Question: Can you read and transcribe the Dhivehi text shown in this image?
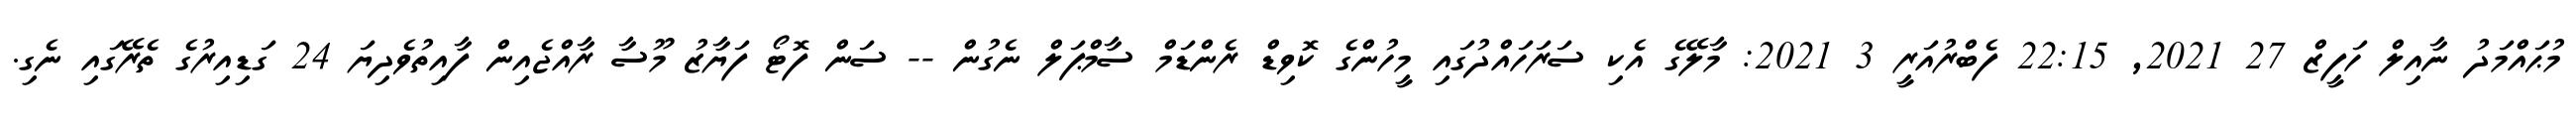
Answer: މުޙައްމަދު ނާއިލް ހަފީޒް 27 2021, 22:15 ފެބްރުއަރީ 3 2021: މާލޭގެ އެކި ސަރަހައްދުގައި މީހުންގެ ކޮވިޑް ރެންޑަމް ސާމްޕަލް ނެގުން -- ސަން ފޮޓޯ ފަޔާޒު މޫސާ ރާއްޖެއިން ފާއިތުވެދިޔަ 24 ގަޑިއިރުގެ ތެރޭގައި ނެގި.